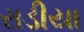
રાડીયા